Civil Veterinary Department Bihar & Orissa reports 1911-21 - 1911-1921
Year: 1911
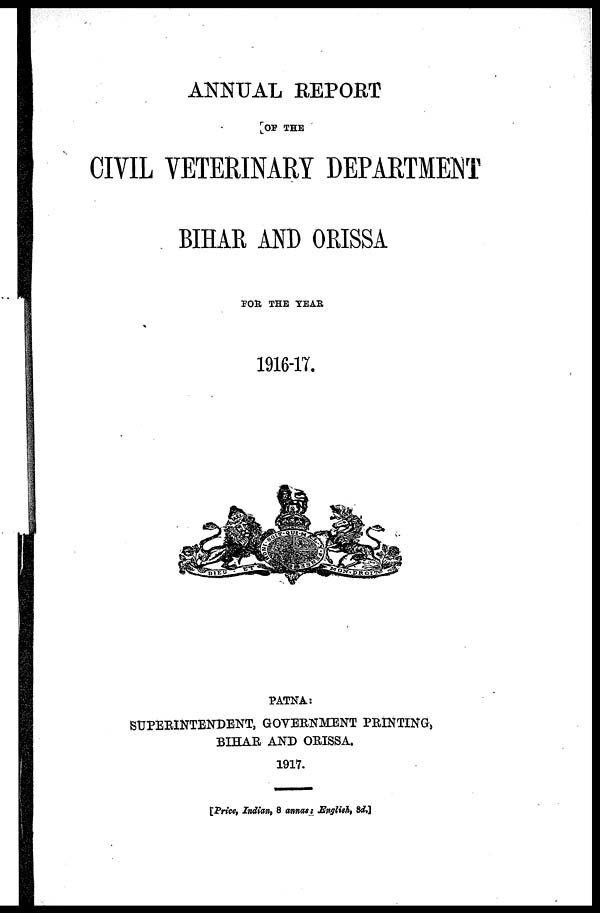
ANNUAL REPORT
OF THE
CIVIL VETERINARY DEPARTMENT
BIHAR AND ORISSA
FOR THE YEAR
1916-17.
SUPERINTENDENT, GOVERNMENT PRINTING
BIHAR AND ORISSA.
1917.
[Price, Indian, 8 annas : English, 8d.]